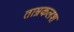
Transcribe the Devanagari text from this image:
ताम्रकलश